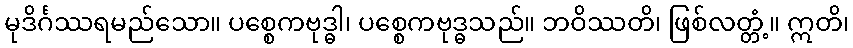
မုဒိင်္ဂဿရမည်သော။ ပစ္စေကဗုဒ္ဓါ၊ ပစ္စေကဗုဒ္ဓသည်။ ဘဝိဿတိ၊ ဖြစ်လတ္တံ့။ ဣတိ၊